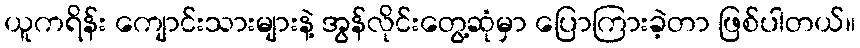
ယူကရိန်း ကျောင်းသားများနဲ့ အွန်လိုင်းတွေ့ဆုံမှာ ပြောကြားခဲ့တာ ဖြစ်ပါတယ်။